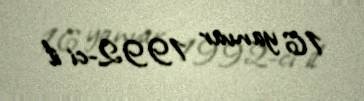
16 yanvar 1992-ci il